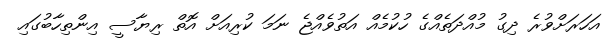
އަހަރަށްވުރެ ދިގު މުއްދަތެއްގެ ހުކުމެއް އަތުވެއްޖެ ނަމަ ކުރިއަށް އޮތް ރިޔާސީ އިންތިހާބުގައި